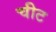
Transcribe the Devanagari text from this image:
चीट